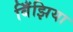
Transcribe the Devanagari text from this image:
बिँझिया